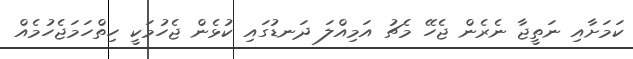
ކަމަށާއި ނަތީޖާ ނެރެން ޖެހޭ މެޗު އަމިއްލަ ދަނޑުގައި ކުޅެން ޖެހުމަކީ ހިތްހަމަޖެހުމެއް